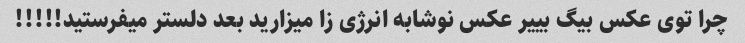
چرا توی عکس بیگ بییر عکس نوشابه انرژی زا میزارید بعد دلستر میفرستید!!!!!